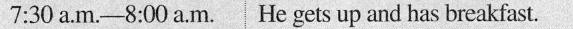
7:30 a.M.-8:00 a.M. He gets up and has breakfast.